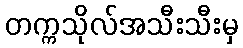
တက္ကသိုလ်အသီးသီးမှ